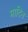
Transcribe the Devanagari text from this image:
माटिन